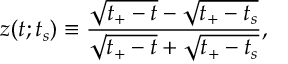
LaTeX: z ( t ; t _ { s } ) \equiv \frac { \sqrt { t _ { + } - t } - \sqrt { t _ { + } - t _ { s } } } { \sqrt { t _ { + } - t } + \sqrt { t _ { + } - t _ { s } } } ,